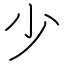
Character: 少